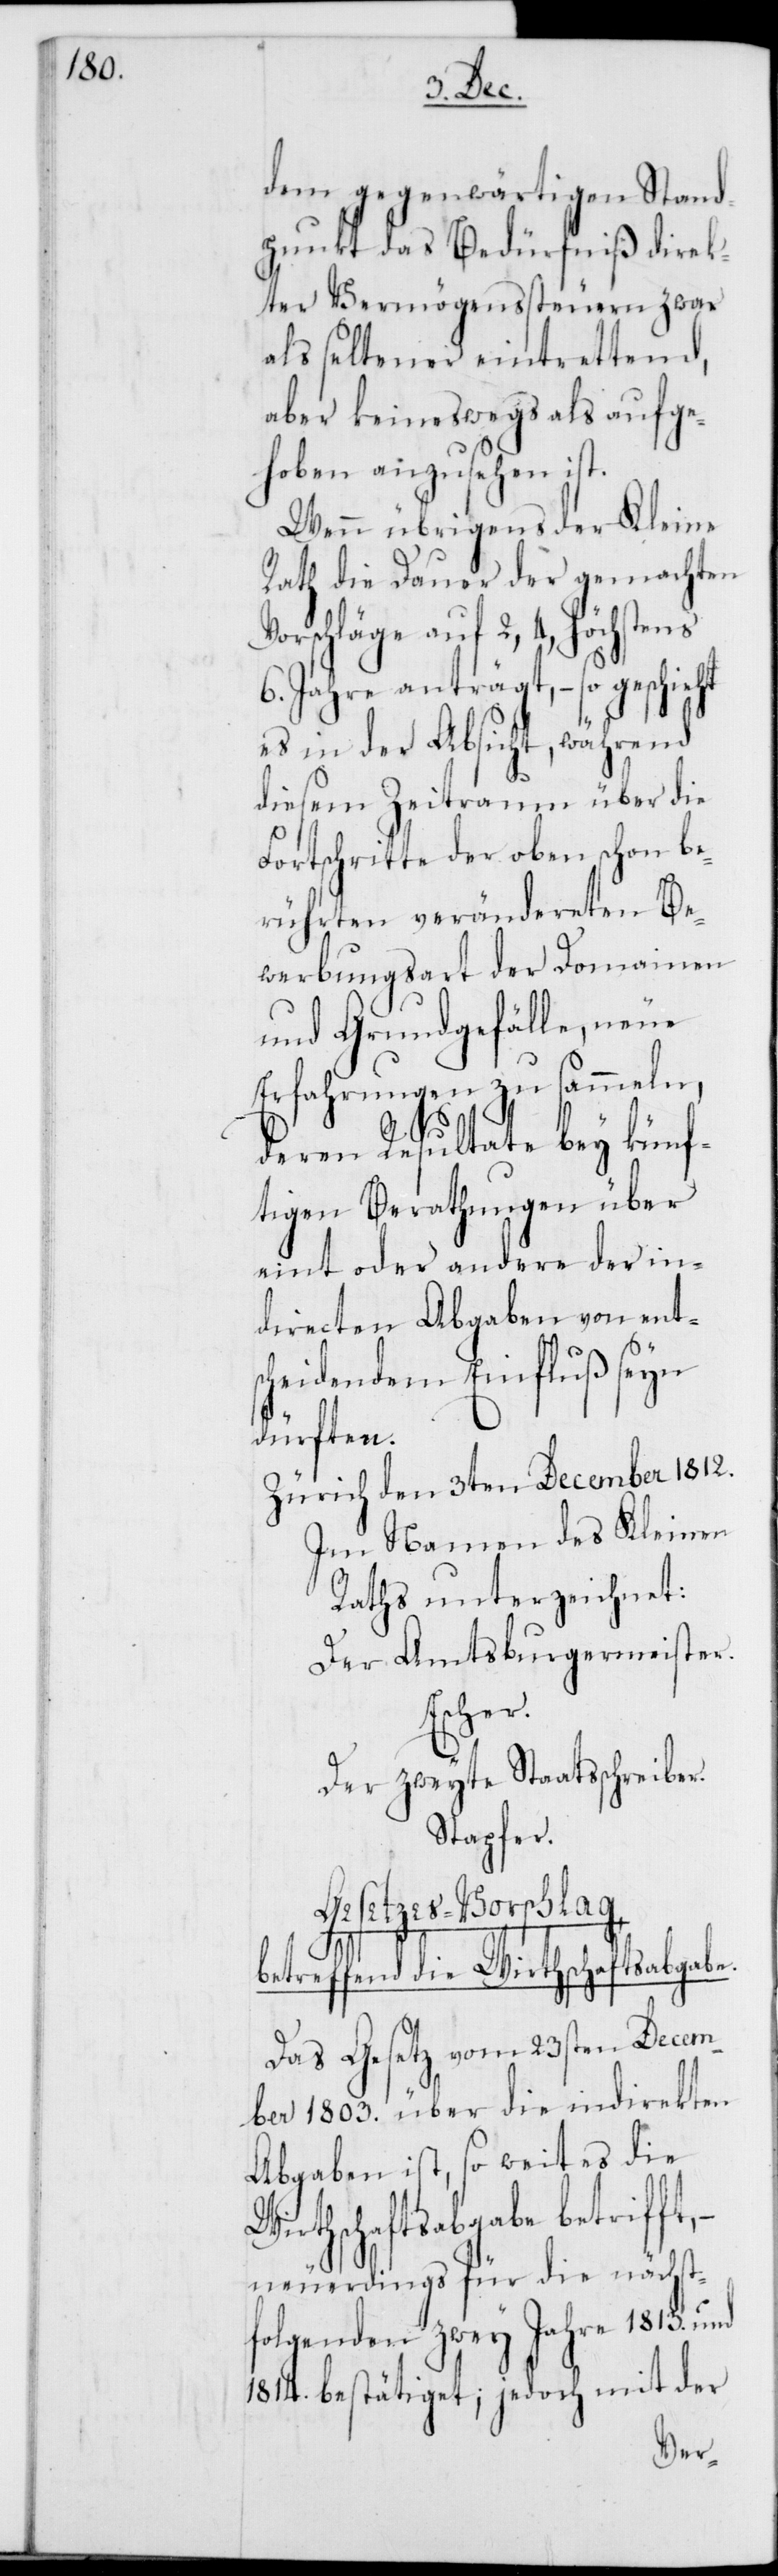
dem gegenwärtigen Stand¬
punkt das Bedürfniß direk¬
ter Vermögenssteuern zwar
als seltener eintrettend,
aber keineswegs als aufge¬
hoben einzusehen ist.
Wenn übrigens der Kleine
Rath die Dauer der gemachten
Vorschläge auf 2, 4, höchstens
6. Jahre anträgt, – so geschieht
es in der Absicht, während
diesem Zeitraum über die
Fortschritte der oben schon be¬
rührten verändereten Be¬
werbungsart der Domainen
und Grundgefälle, neue
Erfahrungen zu sammeln,
deren Resultate bey künf¬
tigen Berathungen über
eint oder andere der in¬
directen Abgaben von ents¬
cheidendem Einfluß seyn
dürften.
Zürich, den 3ten December 1812.
Im Namen des Kleinen
Raths unterzeichnet:
Der Amtsburgermeister.
Escher.
Der zweyte Staatsschreiber.
Stapfer.
Gesetzes-Vorschlag,
betreffend die Wirthschaftsabgabe.
Das Gesetz vom 23sten Decem¬
ber 1803. über die indirekten
Abgaben ist, so weit es die
Wirthschaftsabgabe betrifft,
neuerdings für die nächst¬
folgenden zwey Jahre 1813. und
1814. bestätiget; jedoch mit der